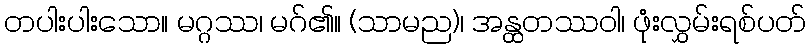
တပါးပါးသော။ မဂ္ဂဿ၊ မဂ်၏။ (သာမည)၊ အန္ထတဿဝါ၊ ဖုံးလွှမ်းရစ်ပတ်